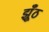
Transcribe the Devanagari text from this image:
झूँठ